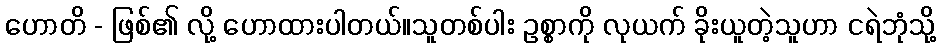
ဟောတိ - ဖြစ်၏ လို့ ဟောထားပါတယ်။သူတစ်ပါး ဥစ္စာကို လုယက် ခိုးယူတဲ့သူဟာ ငရဲဘုံသို့